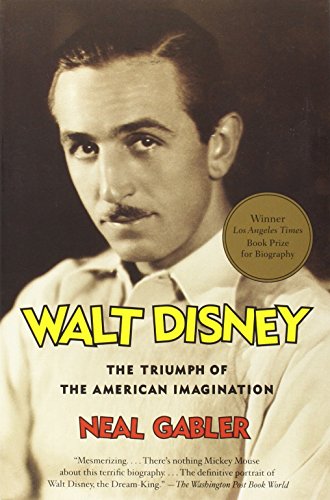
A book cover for Walt Disney: The Triumph of the American Imagination; Neal Gabler; Humor & Entertainment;